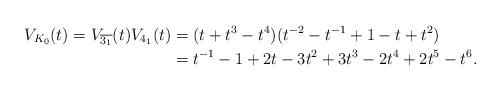
LaTeX: \begin{align*}V_{K_{0}}(t)=V_{\overline{3_{1}}}(t)V_{4_{1}}(t)&=(t+t^{3}-t^{4})(t^{-2}-t^{-1}+1-t+t^{2})\\ &=t^{-1}-1+2t-3t^{2}+3t^{3}-2t^{4}+2t^{5}-t^{6}.\end{align*}